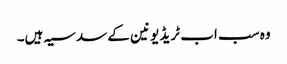
وہ سب اب ٹریڈ یونین کے سدسیہ ہیں۔